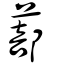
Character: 蔀